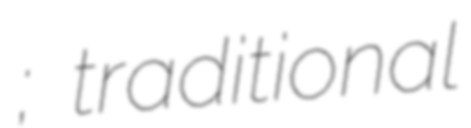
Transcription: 呼格吉勒图; traditional